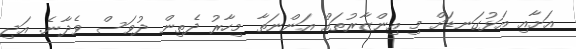
އަށާއި އަޅުގަނޑަށް މި އިންޒާރުތައް އަންނަތާ މިހާރު ދެތިން ދުވަސް ވެދާނެ. އަދި